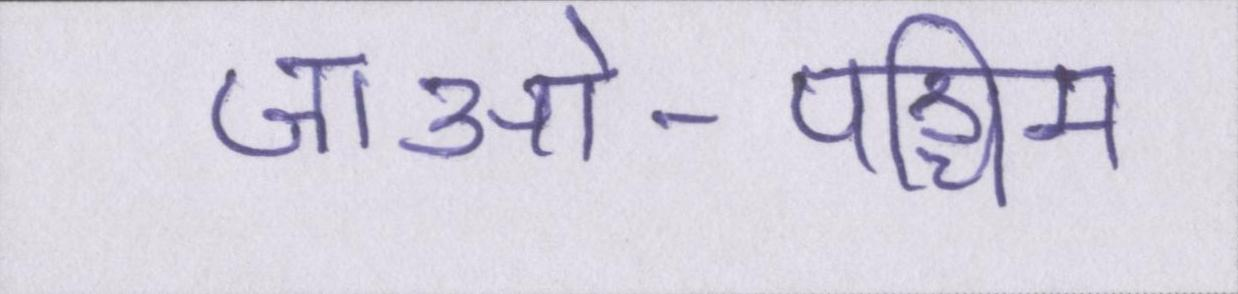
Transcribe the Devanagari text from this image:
जाओ-पश्चिम